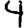
Digit: 4